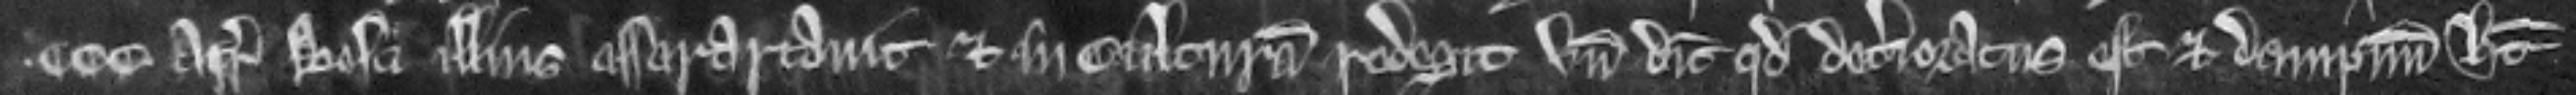
.ccc acras bosci illius assarartavit et in culturam redegit unde dicit quod deterioratus est et dampnum habet